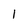
Character: 1